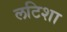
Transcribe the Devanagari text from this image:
लटिशा